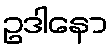
ဥဒါနော